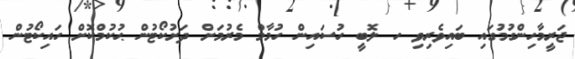
ޖަރީމާހިންގުމުގައި ބައިވެރިވި ހ ލޮބީ ހުސައިން ހުމާމް މެރުމަށް ދަށުކޯޓުން ޙުކުމްކޮށް ހައިކޯޓުން